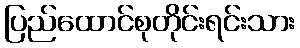
ပြည်ထောင်စုတိုင်းရင်းသား